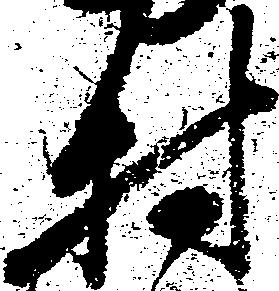
村